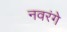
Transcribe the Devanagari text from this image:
नवरंगे